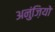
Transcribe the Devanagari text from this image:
अनुंज़ियो